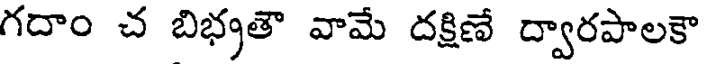
గదాం చ బిభ్రతౌ వామే దక్షిణే ద్వారపాలకా